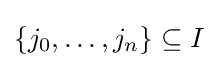
\{j_{0},\ldots ,j_{n}\}\subseteq I